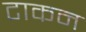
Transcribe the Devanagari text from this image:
टाकन